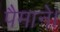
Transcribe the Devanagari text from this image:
पैमाने।